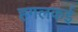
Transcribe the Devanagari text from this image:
हगलकई